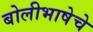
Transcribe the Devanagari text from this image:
बोलीभाषेचे